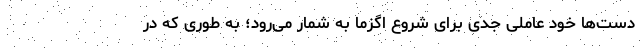
دست‌ها خود عاملی جدی برای شروع اگزما به‌ شمار می‌رود؛ به طوری که در